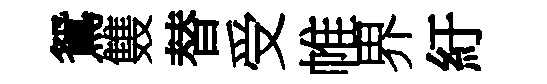
鴛䨇替受帷界紆